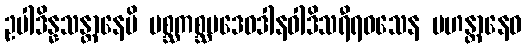
ဥပါဒိန္နသန္တာနေပိ မစ္ဆကစ္ဆပဒေဝဒါနဝါဒိသရီရဝသေန မဟန္တာနေဝ